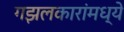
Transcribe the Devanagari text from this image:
गझलकारांमध्ये